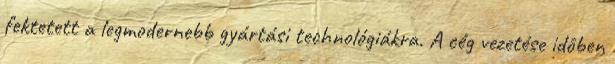
fektetett a legmodernebb gyártási technológiákra. A cég vezetése idôben